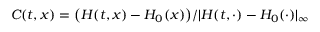
C ( t , x ) = \bigl ( H ( t , x ) - H _ { 0 } ( x ) \bigr ) / | H ( t , \cdot ) - H _ { 0 } ( \cdot ) | _ { \infty }